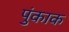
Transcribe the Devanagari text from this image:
पुंकाक